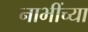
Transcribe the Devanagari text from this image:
नाभींच्या